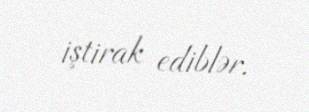
iştirak ediblər.